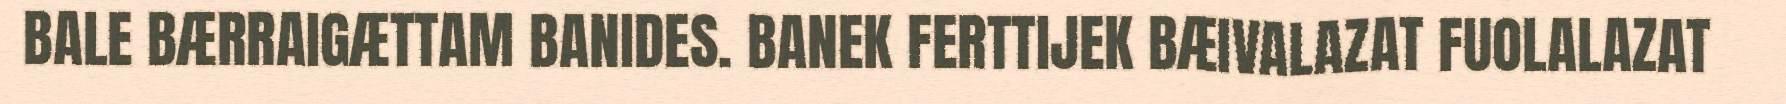
BALE BÆRRAIGÆTTAM BANIDES. BANEK FERTTIJEK BÆIVALAZAT FUOLALAZAT